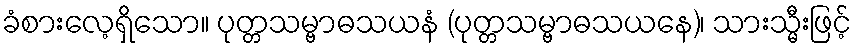
ခံစားလေ့ရှိသော။ ပုတ္တသမ္ဗာဓသယနံ (ပုတ္တသမ္ဗာဓသယနေ)၊ သားသ္မီးဖြင့်